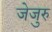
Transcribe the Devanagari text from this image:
जेजुरु